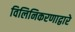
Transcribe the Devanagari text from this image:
विलिनिकरणाद्वारे